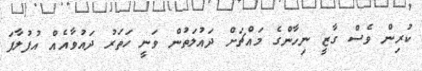
ކުރިން ވެސް ގާޒީ ނިހާންގެ މައްޗަށް ދައުލަތުން ވަނީ ހަތަރު ދައުވާއެއް އުފުލާފަ